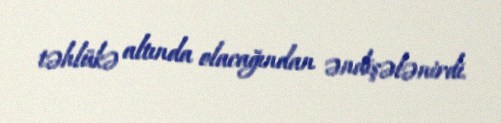
təhlükə altında olacağından əndişələnirdi.